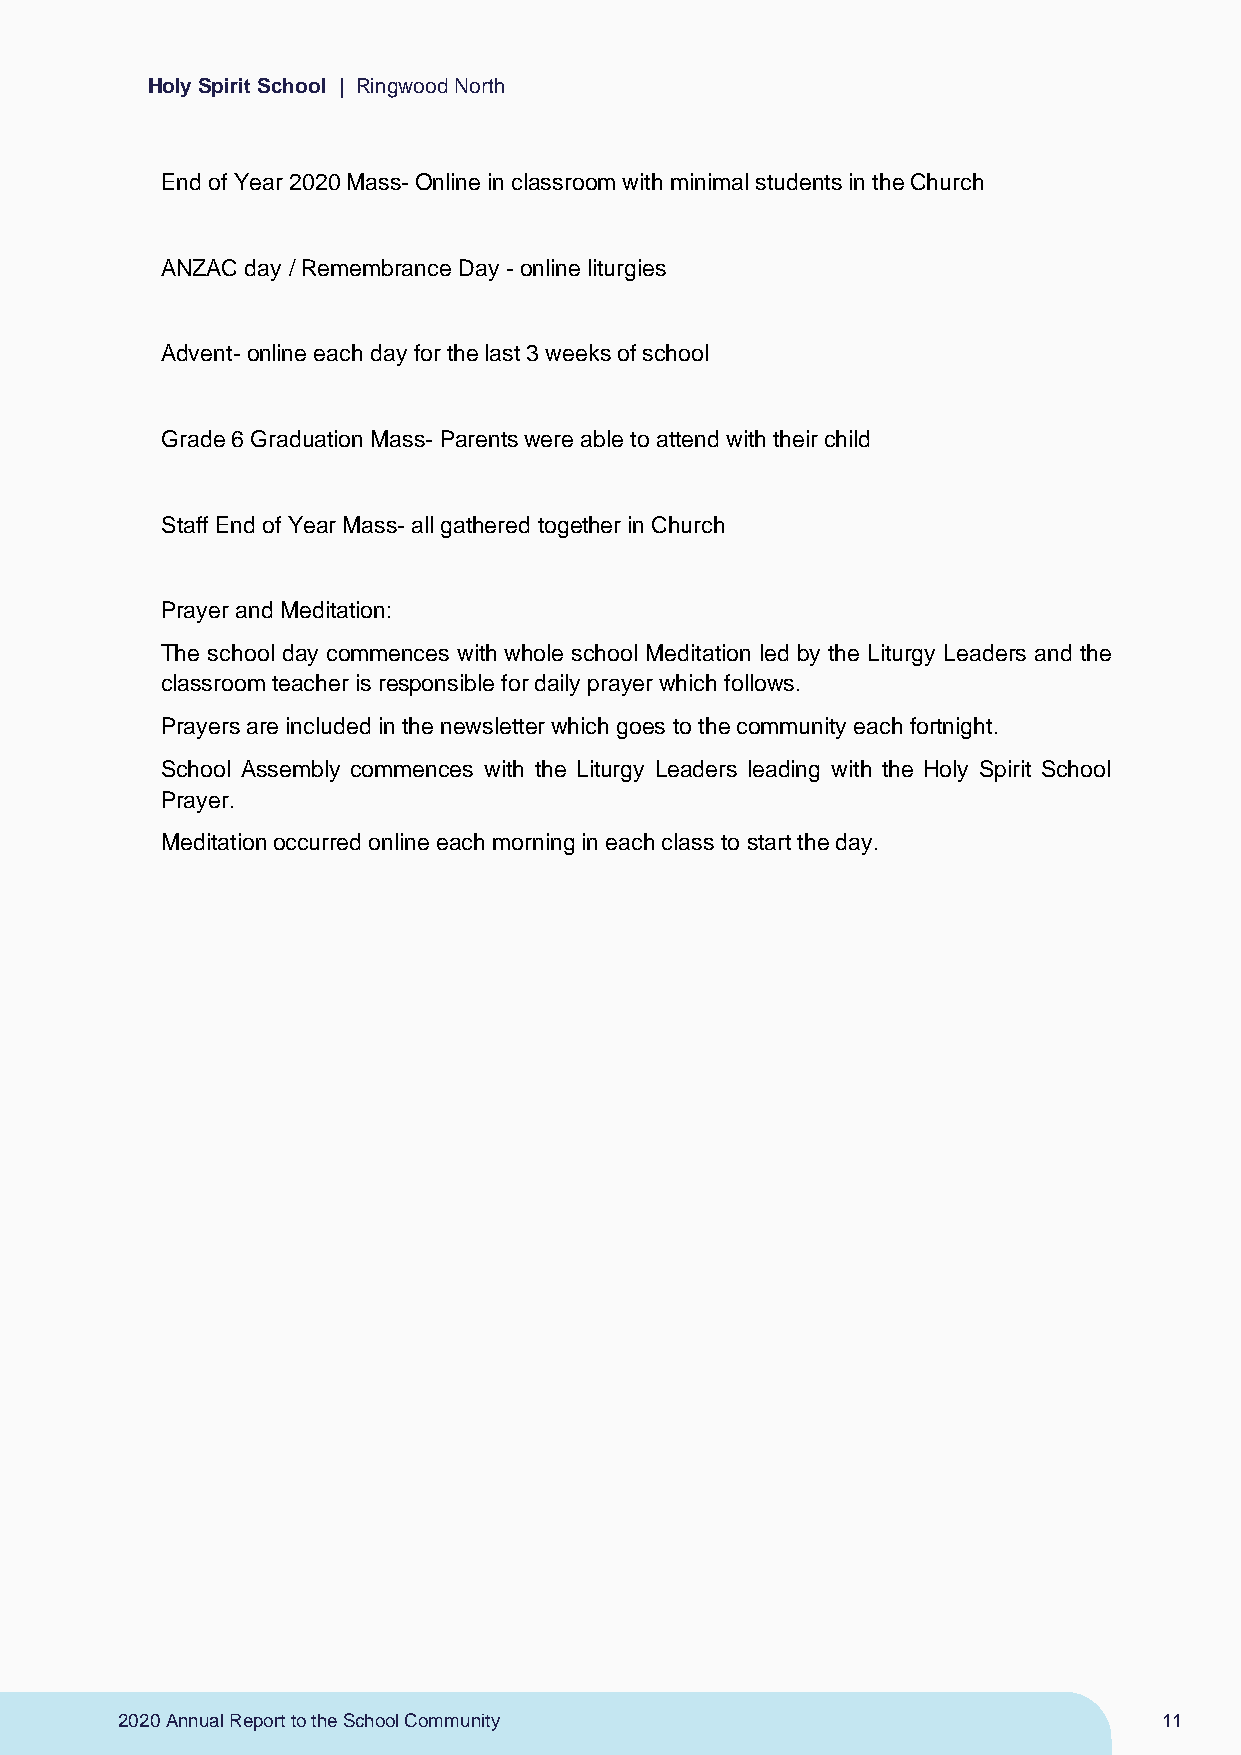
Holy Spirit School | Ringwood North
 End of Year 2020 Mass- Online in classroom with minimal students in the Church
 ANZAC day / Remembrance Day - online liturgies
 Advent- online each day for the last 3 weeks of school
 Grade 6 Graduation Mass- Parents were able to attend with their child
 Staff End of Year Mass- all gathered together in Church
 Prayer and Meditation:
 The school day commences with whole school Meditation led by the Liturgy Leaders and the
 classroom teacher is responsible for daily prayer which follows.
 Prayers are included in the newsletter which goes to the community each fortnight.
 School Assembly commences with the Liturgy Leaders leading with the Holy Spirit School
 Prayer.
 Meditation occurred online each morning in each class to start the day.
 2020 Annual Report to the School Community                           11